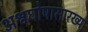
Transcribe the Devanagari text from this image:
अश्वघोषासारख्या